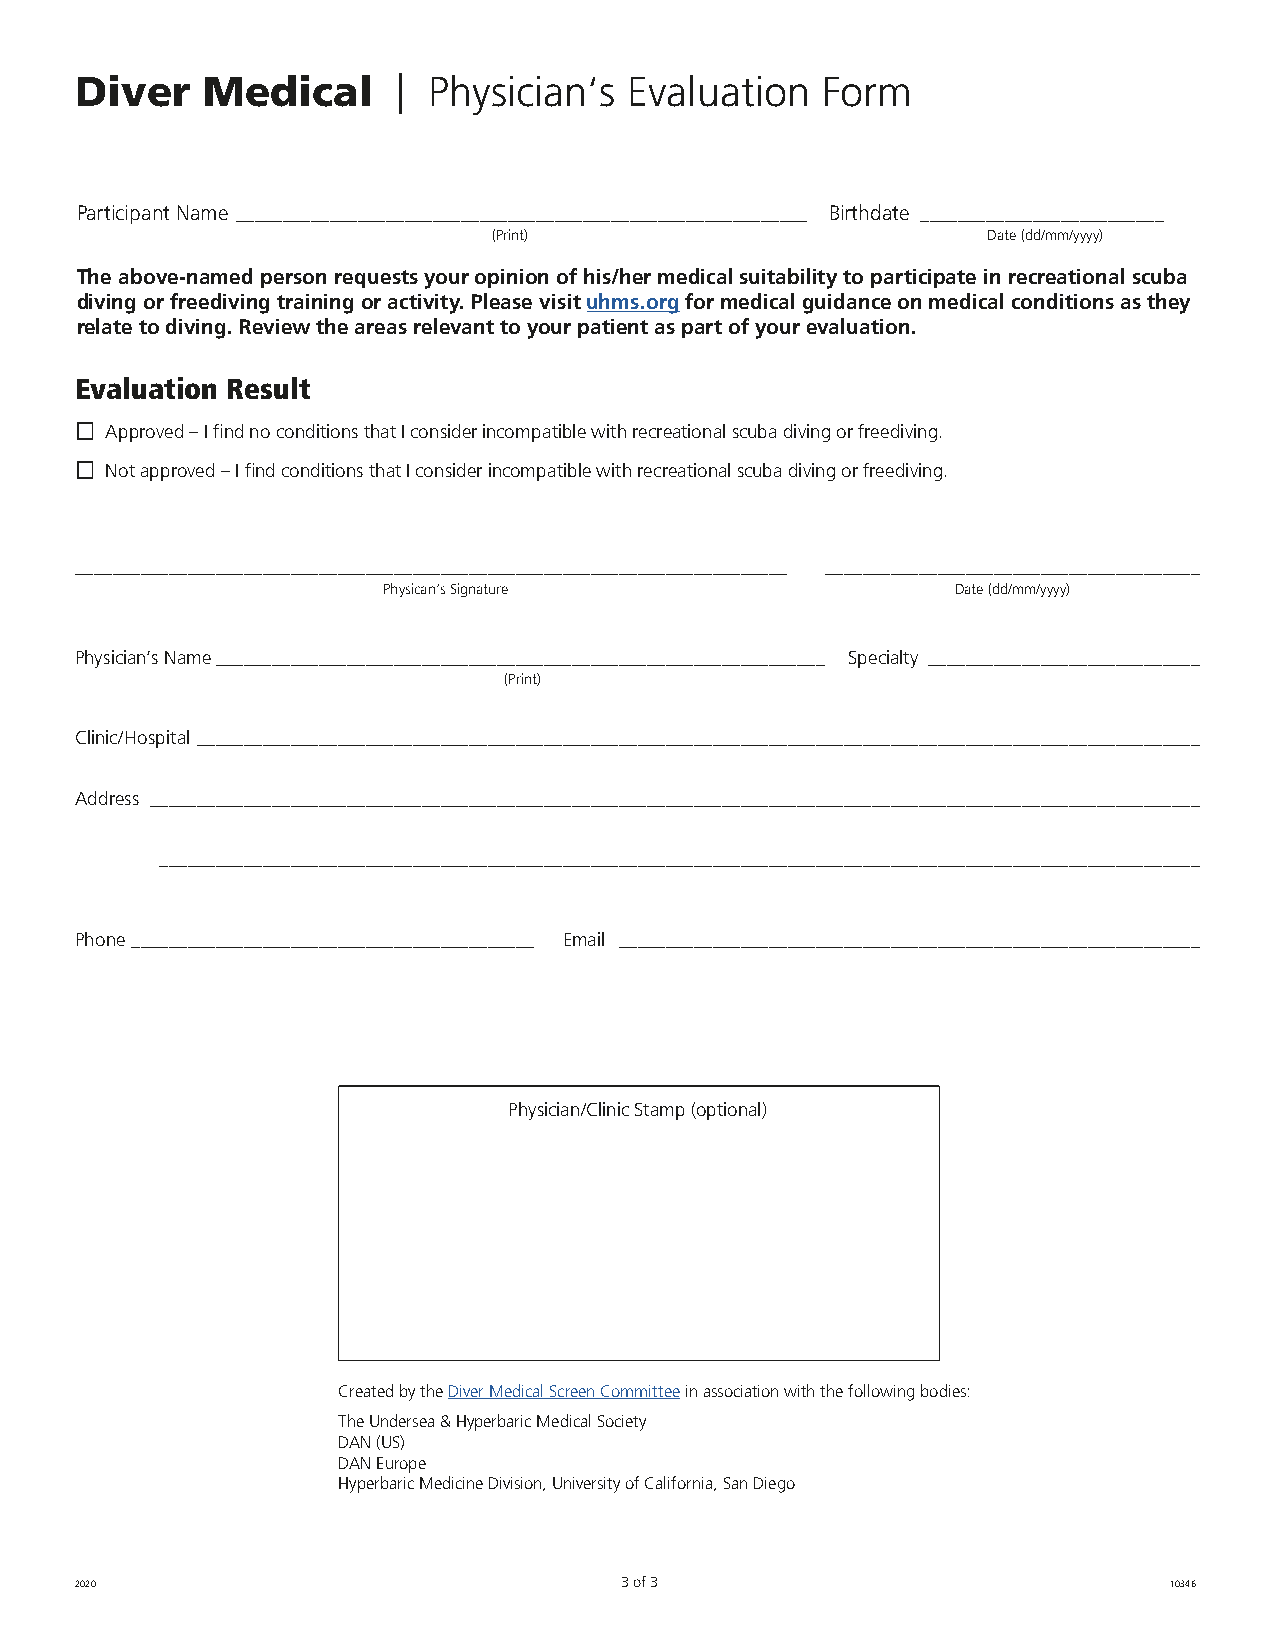
Diver   Medical      | Physician‘s   Evaluation  Form
 Participant Name _____________________________________________________________ Birthdate __________________________
 (Print)                         Date (dd/mm/yyyy)
 The above-named person requests your opinion of his/her medical suitability to participate in recreational scuba
 diving or freediving training or activity. Please visit uhms.org for medical guidance on medical conditions as they
 relate to diving. Review the areas relevant to your patient as part of your evaluation.
 Evaluation Result
 ¨ Approved – I find no conditions that I consider incompatible with recreational scuba diving or freediving.
 ¨ Not approved – I find conditions that I consider incompatible with recreational scuba diving or freediving.
 ____________________________________________________________________________ ________________________________________
 Physican‘s Signature                  Date (dd/mm/yyyy)
 Physician’s Name _________________________________________________________________ Specialty _____________________________
 (Print)
 Clinic/Hospital ___________________________________________________________________________________________________________
 Address ________________________________________________________________________________________________________________
 _______________________________________________________________________________________________________________
 Phone ___________________________________________ Email ______________________________________________________________
 Physician/Clinic Stamp (optional)
 Created by the Diver Medical Screen Committee in association with the following bodies:
 The Undersea & Hyperbaric Medical Society
 DAN (US)
 DAN Europe
 Hyperbaric Medicine Division, University of California, San Diego
 2020                                3 of 3                              10346